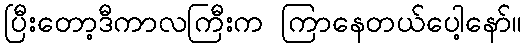
ပြီးတော့ဒီကာလကြီးက ကြာနေတယ်ပေါ့နော်။